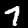
Label: 7